Scientific memoirs by medical officers of the Army of India - Part VI,
Year: 1891
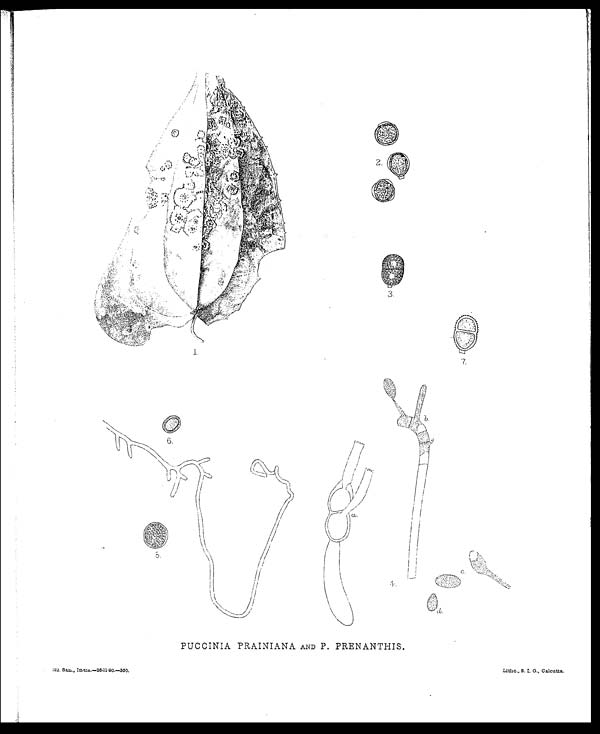
PUCCINIA PRAINIANA AND P. PRENANTHIS.
22, San, India.—26-11-90.—350.
Litho., S. I. 0., Calcutta.